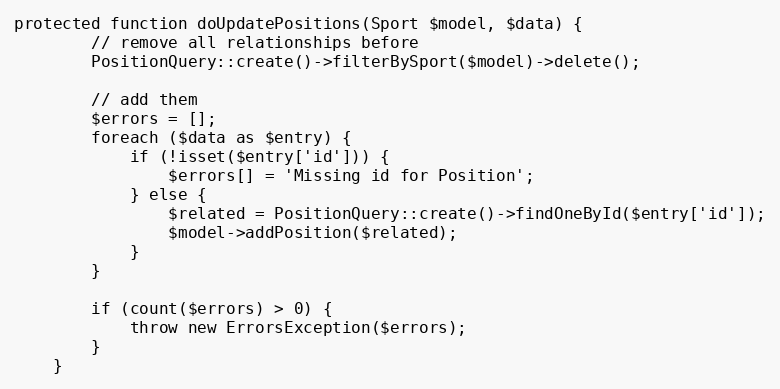
Language: PHP
protected function doUpdatePositions(Sport $model, $data) {
		// remove all relationships before
		PositionQuery::create()->filterBySport($model)->delete();

		// add them
		$errors = [];
		foreach ($data as $entry) {
			if (!isset($entry['id'])) {
				$errors[] = 'Missing id for Position';
			} else {
				$related = PositionQuery::create()->findOneById($entry['id']);
				$model->addPosition($related);
			}
		}

		if (count($errors) > 0) {
			throw new ErrorsException($errors);
		}
	}